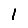
Digit: 1